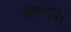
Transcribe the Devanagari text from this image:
अन्यश्